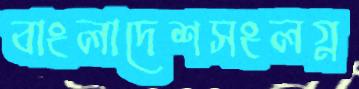
বাংলাদেশসংলগ্ন